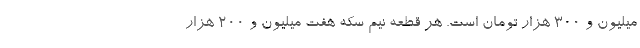
میلیون و ۳۰۰ هزار تومان است. هر قطعه نیم سکه هفت میلیون و ۲۰۰ هزار